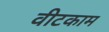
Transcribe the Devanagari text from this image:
वीटकाम